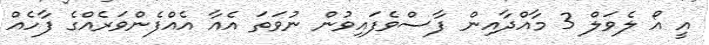
އީ އޯ ލެވަލް 3 މާއްދާއިން ފާސްވެފައިވުން ނުވަތަ އެއާ އެއްފެންވަރެއްގެ ފާހެއް